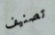
تصنيف